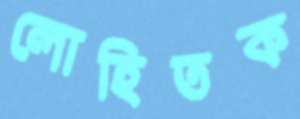
লোহিতক